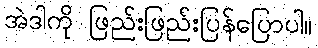
အဲဒါကို ဖြည်းဖြည်းပြန်ပြောပါ။